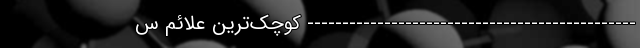
----------------------------------------------- کوچک‌ترین علائم س